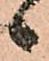
候